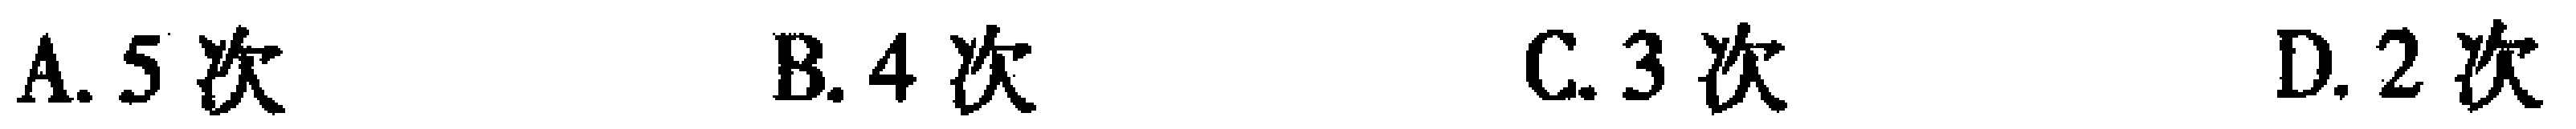
A. 5次  B. 4次  C. 3次  D. 2次